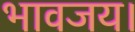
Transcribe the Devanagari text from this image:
भावजय।